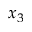
x _ { 3 }